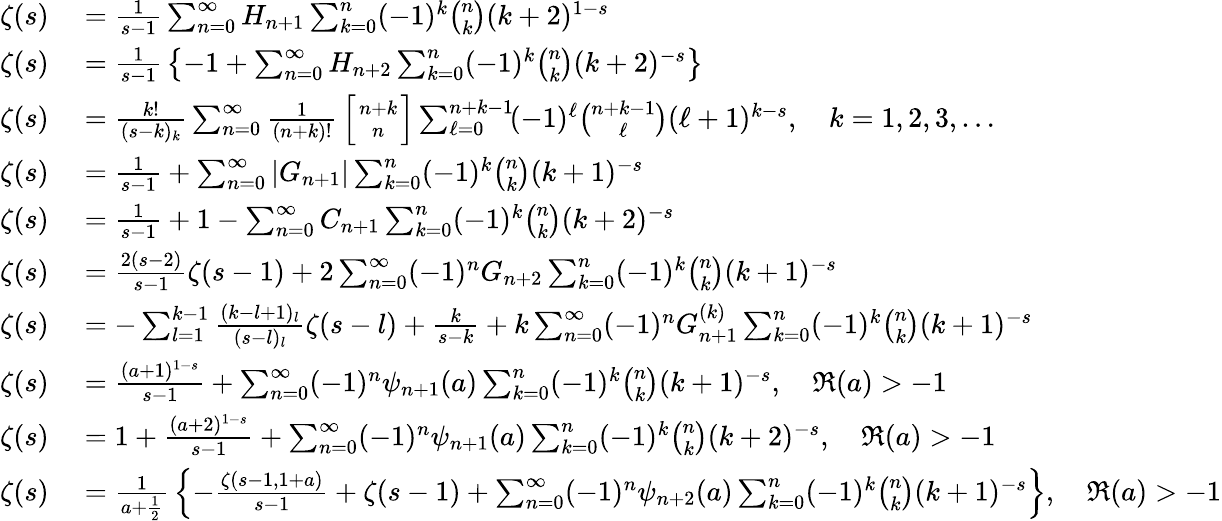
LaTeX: \begin{array}{rl}{\zeta(s)}&{{}={\frac{1}{s-1}}\sum_{n=0}^{\infty}H_{n+1}\sum_{k=0}^{n}(-1)^{k}{\binom{n}{k}}(k+2)^{1-s}}\\ {\zeta(s)}&{{}={\frac{1}{s-1}}\left\{ -1+\sum_{n=0}^{\infty}H_{n+2}\sum_{k=0}^{n}(-1)^{k}{\binom{n}{k}}(k+2)^{-s}\right\} }\\ {\zeta(s)}&{{}={\frac{k!}{(s-k)_{k}}}\sum_{n=0}^{\infty}{\frac{1}{(n+k)!}}\left[{n+k\atop n}\right]\sum_{\ell=0}^{n+k-1}\! (-1)^{\ell}{\binom{n+k-1}{\ell}}(\ell+1)^{k-s},\quad k=1,2,3,\ldots}\\ {\zeta(s)}&{{}={\frac{1}{s-1}}+\sum_{n=0}^{\infty}|G_{n+1}|\sum_{k=0}^{n}(-1)^{k}{\binom{n}{k}}(k+1)^{-s}}\\ {\zeta(s)}&{{}={\frac{1}{s-1}}+1-\sum_{n=0}^{\infty}C_{n+1}\sum_{k=0}^{n}(-1)^{k}{\binom{n}{k}}(k+2)^{-s}}\\ {\zeta(s)}&{{}={\frac{2(s-2)}{s-1}}\zeta(s-1)+2\sum_{n=0}^{\infty}(-1)^{n}G_{n+2}\sum_{k=0}^{n}(-1)^{k}{\binom{n}{k}}(k+1)^{-s}}\\ {\zeta(s)}&{{}=-\sum_{l=1}^{k-1}{\frac{(k-l+1)_{l}}{(s-l)_{l}}}\zeta(s-l)+{\frac{k}{s-k}}+k\sum_{n=0}^{\infty}(-1)^{n}G_{n+1}^{(k)}\sum_{k=0}^{n}(-1)^{k}{\binom{n}{k}}(k+1)^{-s}}\\ {\zeta(s)}&{{}={\frac{(a+1)^{1-s}}{s-1}}+\sum_{n=0}^{\infty}(-1)^{n}\psi_{n+1}(a)\sum_{k=0}^{n}(-1)^{k}{\binom{n}{k}}(k+1)^{-s},\quad\Re(a)>-1}\\ {\zeta(s)}&{{}=1+{\frac{(a+2)^{1-s}}{s-1}}+\sum_{n=0}^{\infty}(-1)^{n}\psi_{n+1}(a)\sum_{k=0}^{n}(-1)^{k}{\binom{n}{k}}(k+2)^{-s},\quad\Re(a)>-1}\\ {\zeta(s)}&{{}={\frac{1}{a+{\frac{1}{2}}}}\left\{ -{\frac{\zeta(s-1,1+a)}{s-1}}+\zeta(s-1)+\sum_{n=0}^{\infty}(-1)^{n}\psi_{n+2}(a)\sum_{k=0}^{n}(-1)^{k}{\binom{n}{k}}(k+1)^{-s}\right\} ,\quad\Re(a)>-1}\end{array}